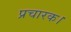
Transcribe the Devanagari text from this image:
प्रचारक।